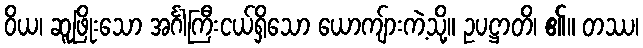
ဝိယ၊ ဆူဖြိုးသော အင်္ဂါကြီးငယ်ရှိသော ယောကျ်ားကဲ့သို့။ ဥပဋ္ဌာတိ၊ ၏။ တဿ၊